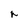
Character: r